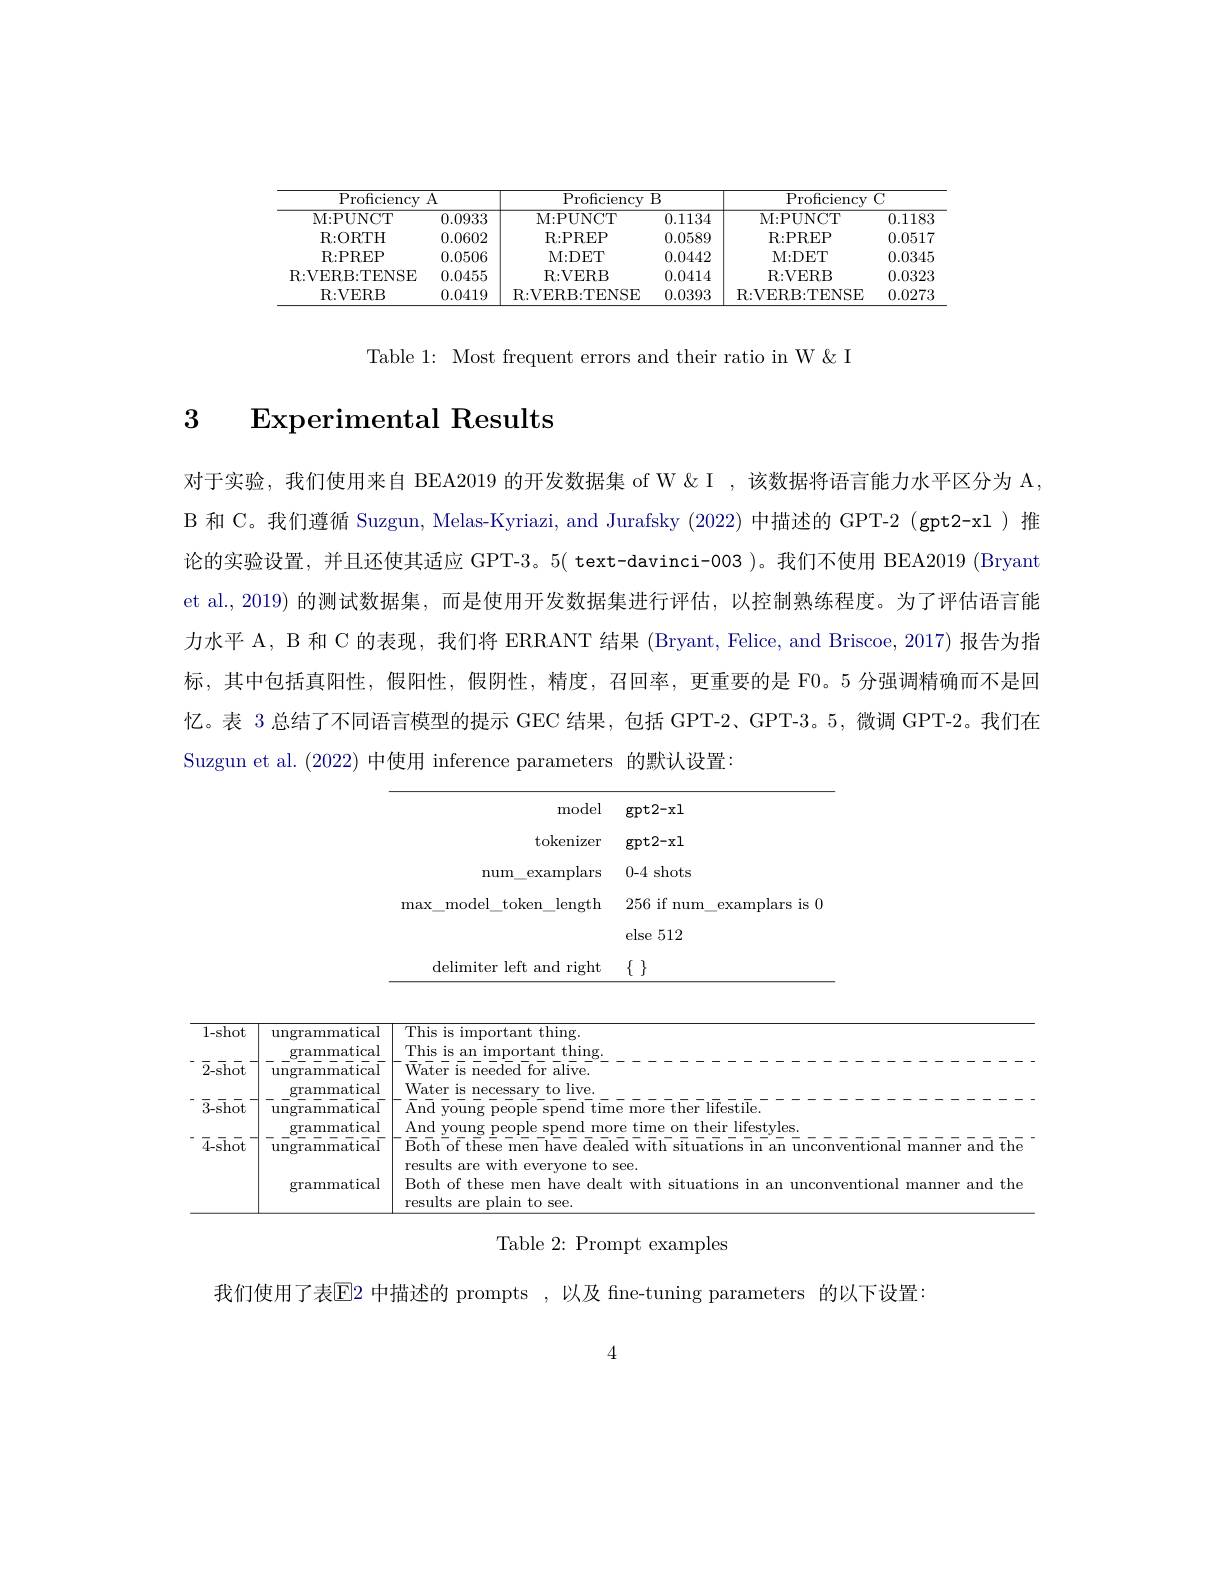
<table>
	<tbody>
		<tr>
			<th>$\operatorname{Proficiency}$</th>
			<th>A</th>
			<th colspan="2">Proficiency B</th>
			<th colspan="2">Proficiency $C$</th>
		</tr>
		<tr>
			<th>M: PUNCT</th>
			<th>0.0933</th>
			<th>M: PUNCT</th>
			<th>0.1134</th>
			<th>M: PUNCT</th>
			<th>0.1183</th>
		</tr>
		<tr>
			<td>R: ORTH</td>
			<td>0.0602</td>
			<td>R: PREP</td>
			<td>0.0589</td>
			<td>R:PREP</td>
			<td>0.0517</td>
		</tr>
		<tr>
			<td>R: PREP</td>
			<td>0.0506</td>
			<td>M: DET</td>
			<td>0.0442</td>
			<td>M: DET</td>
			<td>0.0345</td>
		</tr>
		<tr>
			<td>R:VERB:TENSE</td>
			<td>0.0455</td>
			<td>R: VERB</td>
			<td>0.0414</td>
			<td>R: VER. B</td>
			<td>0.0323</td>
		</tr>
		<tr>
			<td>R:VERB</td>
			<td>0.0419</td>
			<td>R:VERB:TENSE</td>
			<td>0.0393</td>
			<td>R:VERB:TENSE</td>
			<td>0.0273</td>
		</tr>
	</tbody>
</table>

Table 1: Most frequent errors and their ratio in W& I

3 Experimental Results

对于实验，我们使用来自 BEA2019 的开发数据集 of W &该数据将语言能力水平区分为 A, B 和 C。我们遵循 Suzgun, Melas-Kyriazi, and Jurafsky (2022) 中描述的 GPT-2 (gpt2-xl) 推论的实验设置，并且还使其适应 GPT-3。5( text-davinci-003 )。我们不使用 BEA2019 (Bryant et al., 2019) 的测试数据集，而是使用开发数据集进行评估，以控制熟练程度。为了评估语言能力水平 A, B 和 C 的表现，我们将 ERRANT 结果 (Bryant, Felice, and Briscoe, 2017) 报告为指标，其中包括真阳性，假阳性，假阴性，精度，召回率，更重要的是 F0。5 分强调精确而不是回忆。表 3 总结了不同语言模型的提示 GEC 结果，包括 GPT-2、GPT-3。5, 微调 GPT-2。我们在Suzgun et al. (2022)中使用 inference parameters 的默认设置：

<table>
	<tbody>
		<tr>
			<th>gpt2- xl</th>
		</tr>
		<tr>
			<td>gpt2- xl</td>
		</tr>
		<tr>
			<td>0-4 shots</td>
		</tr>
		<tr>
			<td>256 if num\_examplars is 0</td>
		</tr>
		<tr>
			<td>else 512</td>
		</tr>
		<tr>
			<td>$\{1\}$</td>
		</tr>
	</tbody>
</table>

<table>
	<tbody>
		<tr>
			<td>1-shot</td>
			<td>ungrammatical atical</td>
		</tr>
		<tr>
			<td>$\bar{2}$-shot</td>
			<td>ungrammatical atica</td>
		</tr>
		<tr>
			<td>$\bar{3}\bar{\mathrm{-shot}}$</td>
			<td>ungrammatical $+\dot{\mathrm{i}}_{\mathrm{ca}}$</td>
		</tr>
		<tr>
			<td rowspan="1">$\bar{4}-\bar{\mathrm{shot}}$</td>
			<td>grammatical</td>
		</tr>
	</tbody>
</table>

Table 2: Prompt examples

我们使用了表$\overline{\mathrm{E}}$2 中描述的 prompts ,以及 fine-tuning parameters 的以下设置：

4